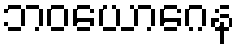
ဘဝယောဂေန